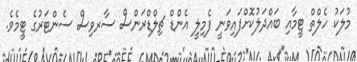
މުލަކު ހެލްތް ޓީމާއި ބައްދަލުކޮށްފައިވަނީ ފެމިލީ އެންޑް ޗިލްޑްރަންސް ސާރވިސް ސެންޓަރުގެ ޓީމެވެ.